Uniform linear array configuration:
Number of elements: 64
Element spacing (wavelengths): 1
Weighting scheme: exponential
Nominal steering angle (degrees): -15
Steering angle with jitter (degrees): -14.174
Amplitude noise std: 0.05
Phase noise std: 0.05

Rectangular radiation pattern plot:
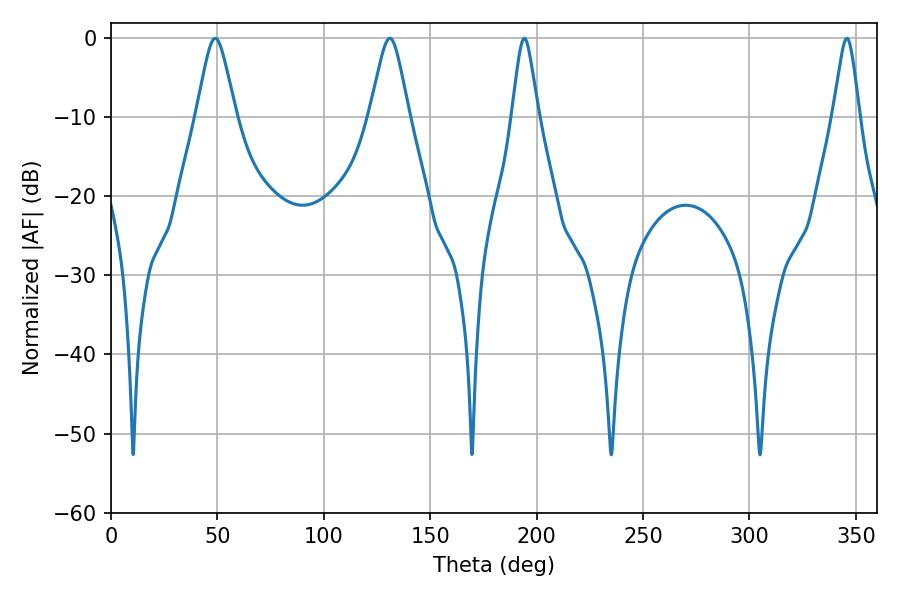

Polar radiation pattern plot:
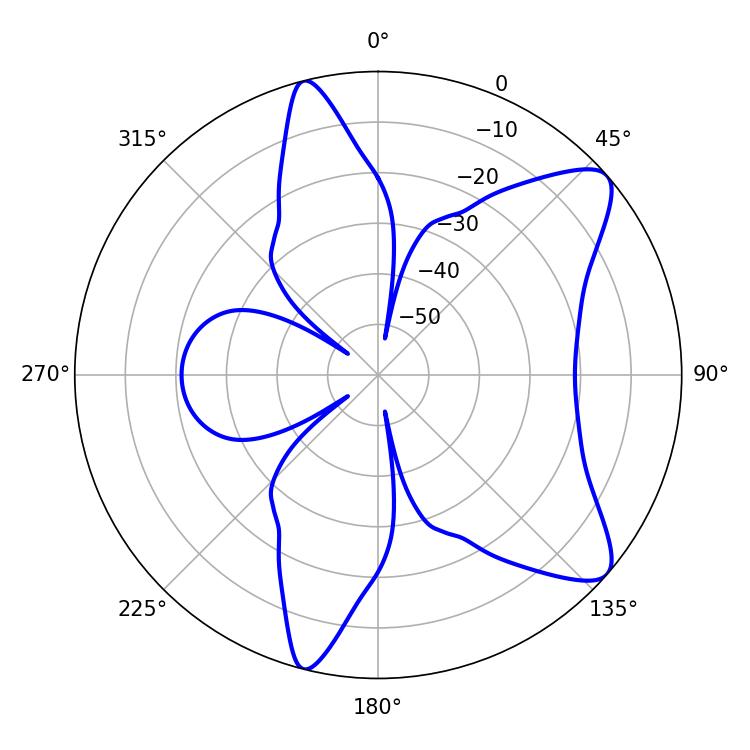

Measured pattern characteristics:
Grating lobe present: TRUE
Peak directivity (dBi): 9.491
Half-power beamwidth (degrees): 8.82
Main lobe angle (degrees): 48.96